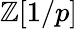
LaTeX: \mathbb{Z}[1/p]